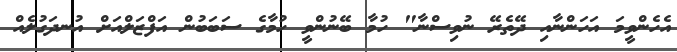
އެހެންވީމަ އަހަންނާއި ދޭތެރޭ ނުވިސްނާ" ހުމާ ބޭނުންވީ ހުމާގެ ސަބަބުން އަފްޒަލްއަށް އުނދަގުލެއް